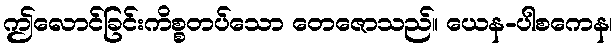
ဤလောင်ခြင်းကိစ္စတပ်သော တေဇောသည်။ ယေန-ပါစကေန၊